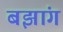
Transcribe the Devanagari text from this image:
बझांग